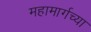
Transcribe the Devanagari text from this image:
महामार्गच्या